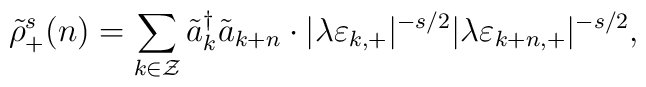
\tilde{\rho}_{+}^s(n)  =  \sum_{k \in \cal Z} \tilde{a}_{k}^{\dagger}  \tilde{a}_{k+n} \cdot|\lambda \varepsilon_{k,+}|^{-s/2} |\lambda \varepsilon_{k+n,+}|^{-s/2},